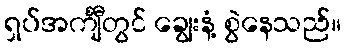
ရှပ်အင်္ကျီတွင် ချွေးနံ့ စွဲနေသည်။